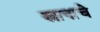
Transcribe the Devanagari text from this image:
स्नानाचे